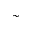
\sim